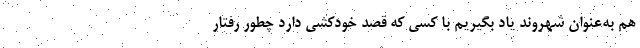
هم به‌عنوان شهروند یاد بگیریم با کسی که قصد خودکشی دارد چطور رفتار